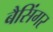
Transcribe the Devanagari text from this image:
बैसिंगर